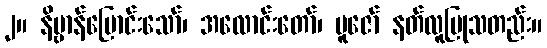
၂။ နိဗ္ဗာန်ပြောင်းသော်၊ အလောင်းတော်၊ ပူဇော် နတ်လူပြုသတည်း။